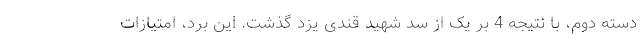
دسته دوم، با نتیجه 4 بر یک از سد شهید قندی یزد گذشت. این برد، امتیازات